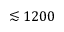
\lesssim 1 2 0 0